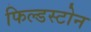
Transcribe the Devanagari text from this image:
फिल्डस्टोन